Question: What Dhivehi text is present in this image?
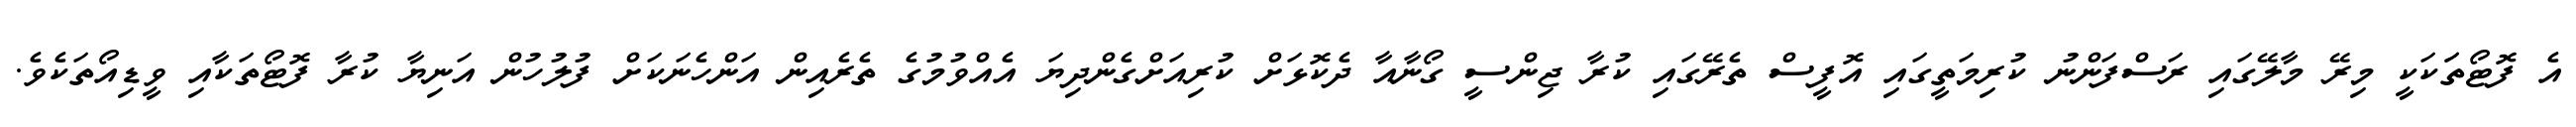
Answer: އެ ފޮޓޯތަަކަކީ މިރޭ މާލޭގައި ރަސްފަންނު ކުރިމަތީގައި އޮފީސް ތެރޭގައި ކުރާ ޖިންސީ ގޯނާއާ ދެކޮޅަށް ކުރިއަށްގެންދިޔަ އެއްވުމުގެ ތެރެއިން އަންހެނަކަށް ފުލުހުން އަނިޔާ ކުރާ ފޮޓޯތަކާއި ވީޑިއޯތަކެވެ.